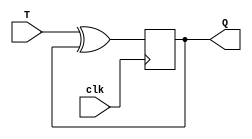
module T_flip_flop(input T, input clk, output reg Q);
    reg D;
    assign D = T ^ Q;
    always @(posedge clk) begin
        Q <= D;
    end
endmodule